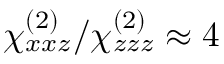
\chi _ { x x z } ^ { ( 2 ) } / \chi _ { z z z } ^ { ( 2 ) } \approx 4